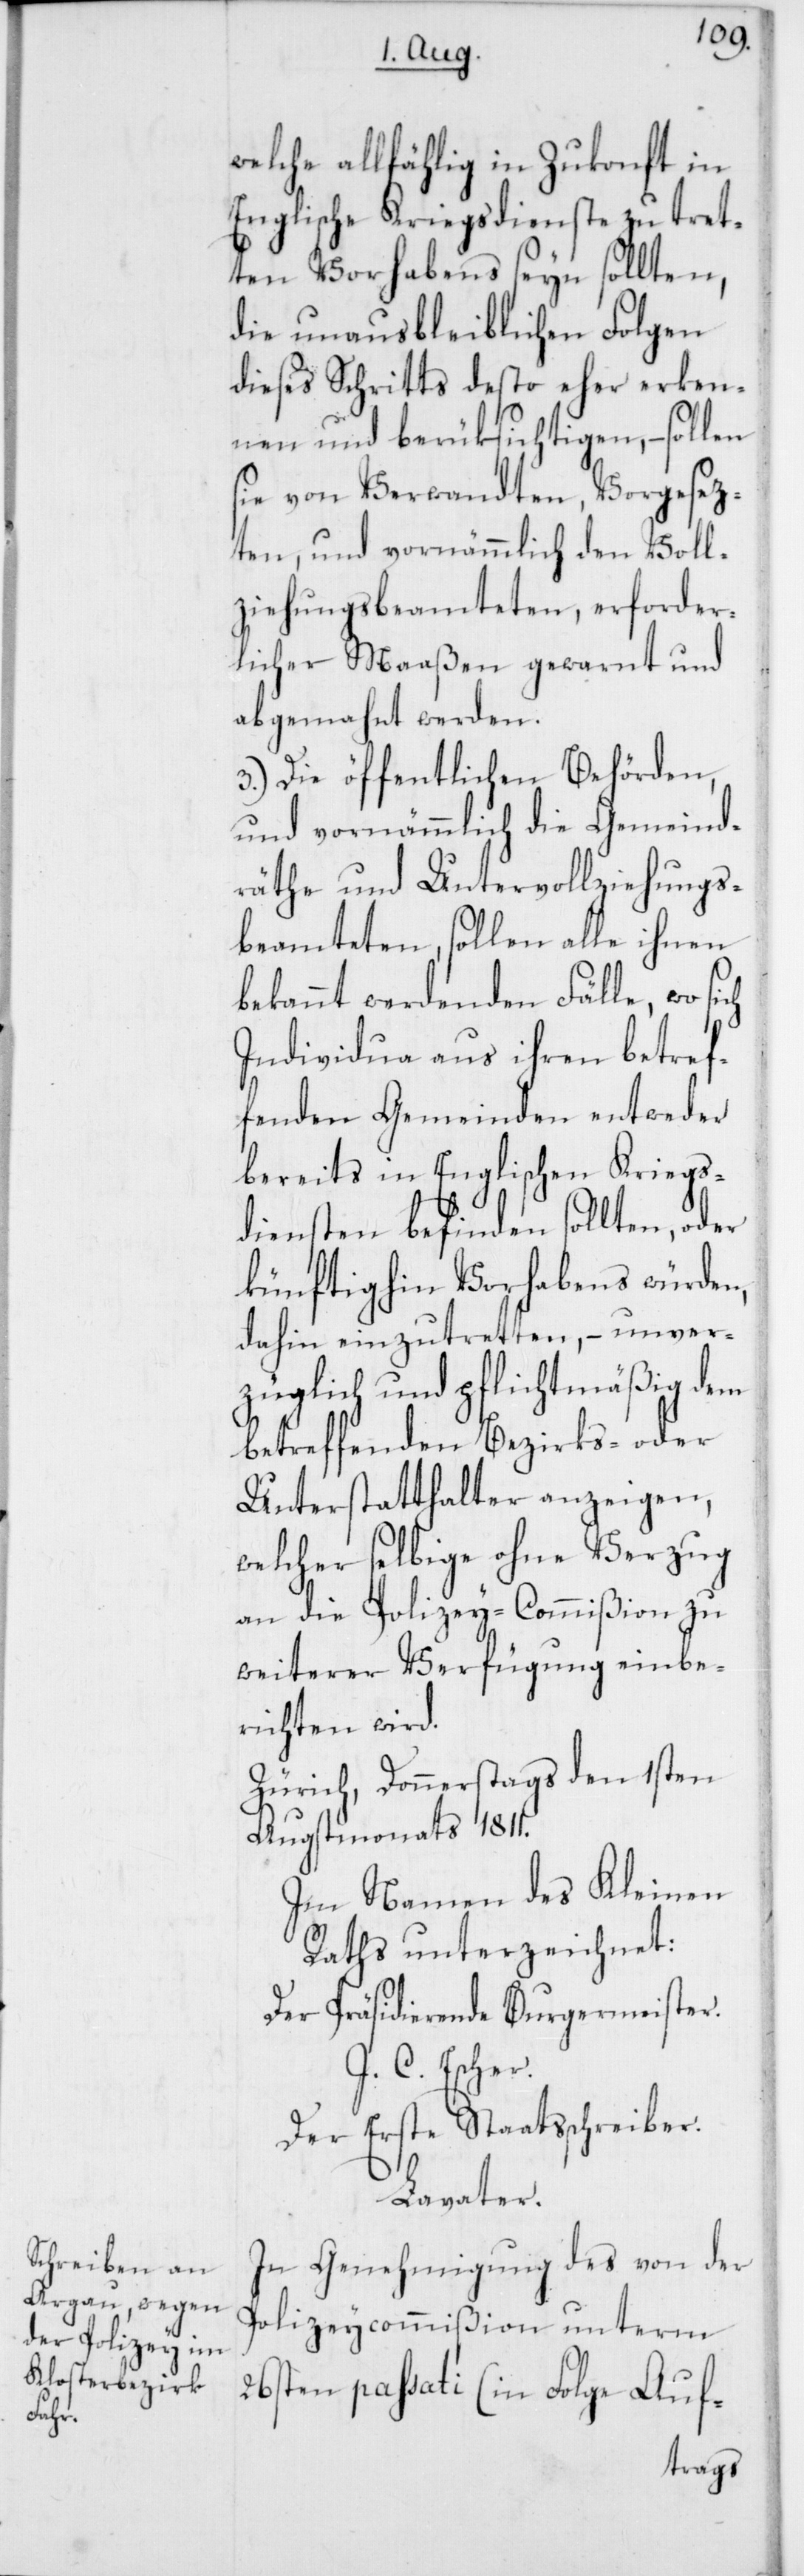
welche allfählig in Zukonft in
Englische Kriegsdienste zu tret¬
ten Vorhabens seyn sollten,
die unausbleiblichen Folgen
dieses Schritts desto eher erken¬
nen und berüksichtigen, – sollen
sie von Verwandten, Vorgesez¬
ten, und vornämmlich den Voll¬
ziehungsbeamteten, erforder¬
licher Maaßen gewarnt und
abgemahnt werden.
3.) Die öffentlichen Behörden,
und vornämmlich die Gemeinds¬
räthe und Untervollziehungs¬
beamteten, sollen alle ihnen
bekannt werdenden Fälle, wo sich
Individua aus ihren betref¬
fenden Gemeinden entweder
bereits in Englischen Kriegs¬
diensten befinden sollten, oder
künftighin Vorhabens würden,
dahin einzutretten, – unver¬
züglich und pflichtmäßig dem
betreffenden Bezirks- oder
Unterstatthalter anzeigen,
welcher selbige ohne Verzug
an die Polizey-Commißion zu
weiterer Verfügung einbe¬
richten wird.
Zürich, Donnerstags den 1sten
Augstmonats 1811.
Im Namen des Kleinen
Raths unterzeichnet:
Der präsidierende Burgermeister.
J.C. Escher.
Der erste Staatßchreiber.
Lavater.
In Genehmigung des von der
Polizeycommißion unterm
26sten passati (in Folge Auf-